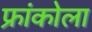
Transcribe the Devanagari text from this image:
फ्रांकोला